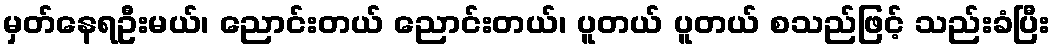
မှတ်နေရဦးမယ်၊ ညောင်းတယ် ညောင်းတယ်၊ ပူတယ် ပူတယ် စသည်ဖြင့် သည်းခံပြီး